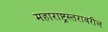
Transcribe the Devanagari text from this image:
महाराष्ट्रस्तरावरील